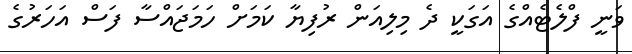
ވަނީ ފްލެޓެއްގެ އަގަކީ ދެ މިލިއަން ރުފިޔާ ކަމަށް ހަމަޖައްސާ ފަސް އަހަރުގެ